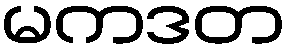
မကဒတ